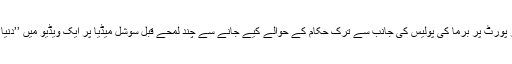
شوکمین نے رنگون ائر پورٹ پر برما کی پولیس کی جانب سے ترک حکام کے حوالے کیے جانے سے چند لمحے قبل سوشل میڈیا پر ایک ویڈیو میں ’’دنیا سے مدد کی اپیل‘‘ کی۔